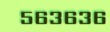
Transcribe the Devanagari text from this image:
५६३६३६